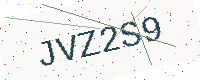
Text: JVZ2S9